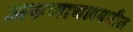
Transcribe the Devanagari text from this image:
अरुणाचलमधील